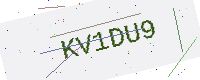
Text: KV1DU9